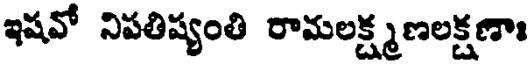
ఇషవో నిపతిష్యంతి రామలక్ష్మణలక్షణాః